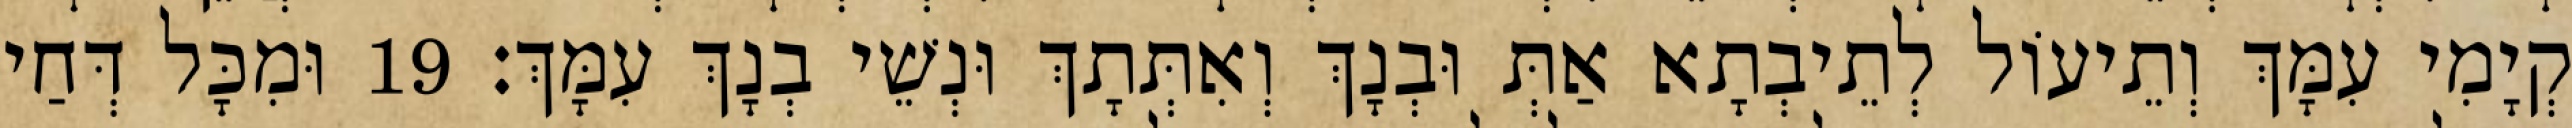
קְיָמִי עִמָּךְ וְתֵיעוֹל לְתֵיבְתָא אַתְּ וּבְנָךְ וְאִתְּתָךְ וּנְשֵׁי בְנָךְ עִמָּךְ׃ 19 וּמִכָּל דְּחַי